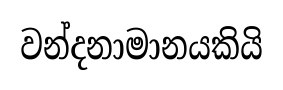
වන්දනාමානයකියි